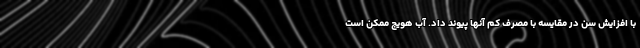
با افزایش سن در مقایسه با مصرف کم آنها پیوند داد. آب هویج ممکن است